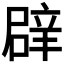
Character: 𮝻